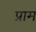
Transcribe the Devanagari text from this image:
प्राम